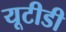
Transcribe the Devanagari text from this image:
यूटीडी